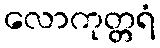
လောကုတ္တရံ